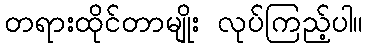
တရားထိုင်တာမျိုး လုပ်ကြည့်ပါ။